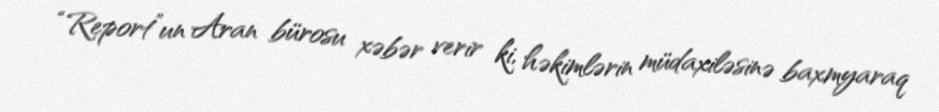
“Report”un Aran bürosu xəbər verir ki, həkimlərin müdaxiləsinə baxmyaraq